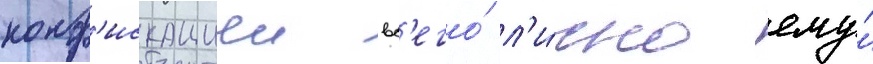
конф'искациеи вс'его́ л'и́чно ему́